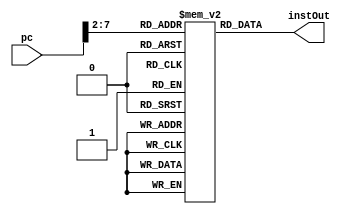
`timescale 1ns / 1ps
//////////////////////////////////////////////////////////////////////////////////
// Company: 
// Engineer: 
// 
// Design Name: 
// Module Name: InstructionMemory
// Project Name: 
// Target Devices: 
// Tool Versions: 
// Description: 
// 
// Dependencies: 
// 
// Revision:
// Revision 0.01 - File Created
// Additional Comments:
// 
//////////////////////////////////////////////////////////////////////////////////


module InstructionMemory(
    input [31:0] pc,
    output reg [31:0] instOut

    );
    reg [31:0] memory [0:63];
    initial begin
        memory[25] = {6'b100011, 5'b00001, 5'b00010, 16'd0};
        memory[26] = {6'b100011, 5'b00001, 5'b00011, 14'd4};
        memory[27] = {6'b100011, 5'b00001, 5'b00100, 16'd8};
        memory[28] = {6'b100011, 5'b00001, 5'b00101, 14'd12};
        memory[29] = {6'b000000, 5'b00010, 5'b00110, 5'b00110, 5'b00000, 6'b100000};
        
    end
    
    always @(*) begin
        instOut = memory[pc[7:2]];
    end
endmodule